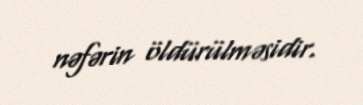
nəfərin öldürülməsidir.